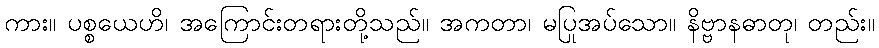
ကား။ ပစ္စယေဟိ၊ အကြောင်းတရားတို့သည်။ အကတာ၊ မပြုအပ်သော။ နိဗ္ဗာနဓာတု၊ တည်း။